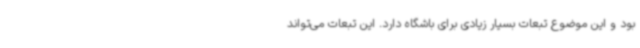
بود و این موضوع تبعات بسیار زیادی برای باشگاه دارد. این تبعات می‌تواند